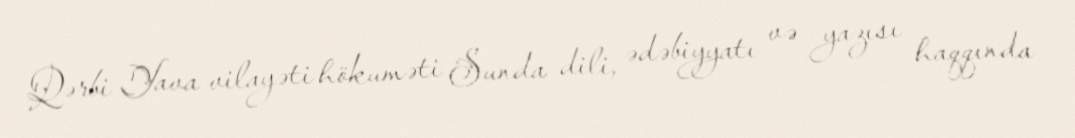
Qərbi Yava vilayəti hökuməti Sunda dili, ədəbiyyatı və yazısı haqqında